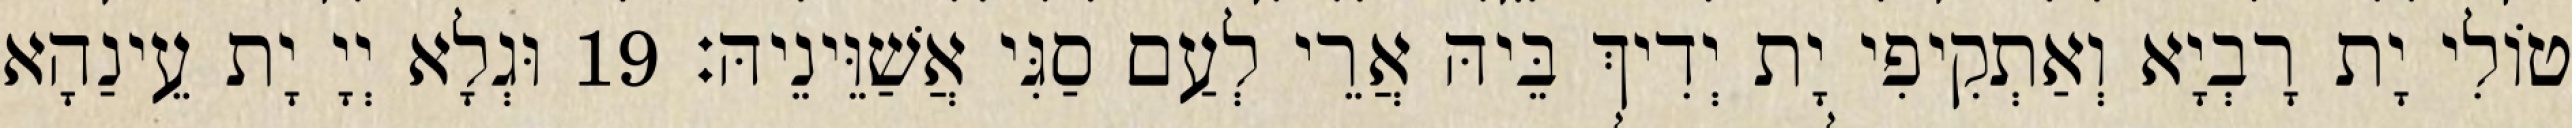
טוֹלִי יָת רָבְיָא וְאַתְקִיפִי יָת יְדִיךְ בֵּיהּ אֲרֵי לְעַם סַגִּי אֲשַׁוֵּינֵיהּ׃ 19 וּגְלָא יְיָ יָת עֵינַהָא